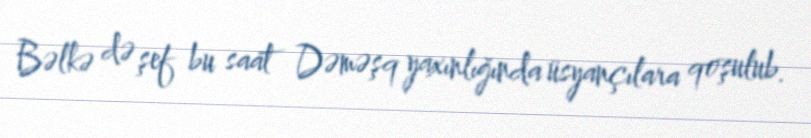
Bəlkə də şef bu saat Dəməşq yaxınlığında üsyançılara qoşulub.